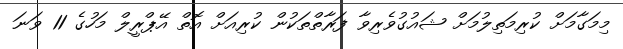
މިމަގާމަށް ކުރިމަތިލުމަށް ޝައުގުވެރިވާ ފަރާތްތަކުން ކުރިއަށް އޮތް އޭޕްރީލް މަހުގެ 11 ވަނަ